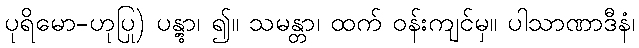
ပုရိမော-ဟုပြု) ပန္တွာ၊ ၍။ သမန္တာ၊ ထက် ဝန်းကျင်မှ။ ပါသာဏာဒီနံ၊